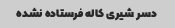
دسر شیری کاله فرستاده نشده